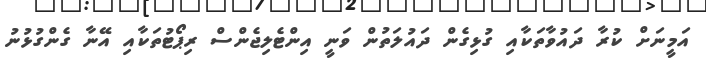
އަމީނަށް ކުރާ ދައުވާތަކާއި ގުޅިގެން ދައުލަތުން ވަނީ އިންޓެލިޖެންސް ރިޕޯޓުތަކާއި އޭނާ ގެންގުޅުނު